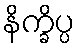
နိက္ခိပ္ပ